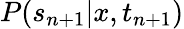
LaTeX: P(s_{n+1}|x,t_{n+1})